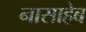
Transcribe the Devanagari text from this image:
नासाहेब